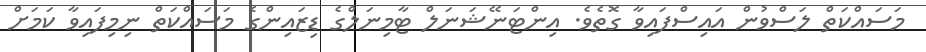
މަސައްކަތް ލަސްވުން އައިސްފައިވާ ގޮތެވެ. އިންޓަނޭޝަނަލް ޓާމިނަލްގެ ޑިޒައިންގެ މަސައްކަތް ނިމިފައިވާ ކަމަށް